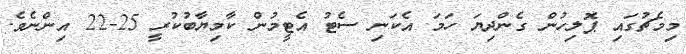
މިމެޗުގައި ޕޮލިހުން ގެންދިޔަ ހަމަ އެކަނި ސެޓު އެޓީމުން ކާމިޔާބުކުރީ 25-22 އިންނެވެ.